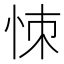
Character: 𢙀